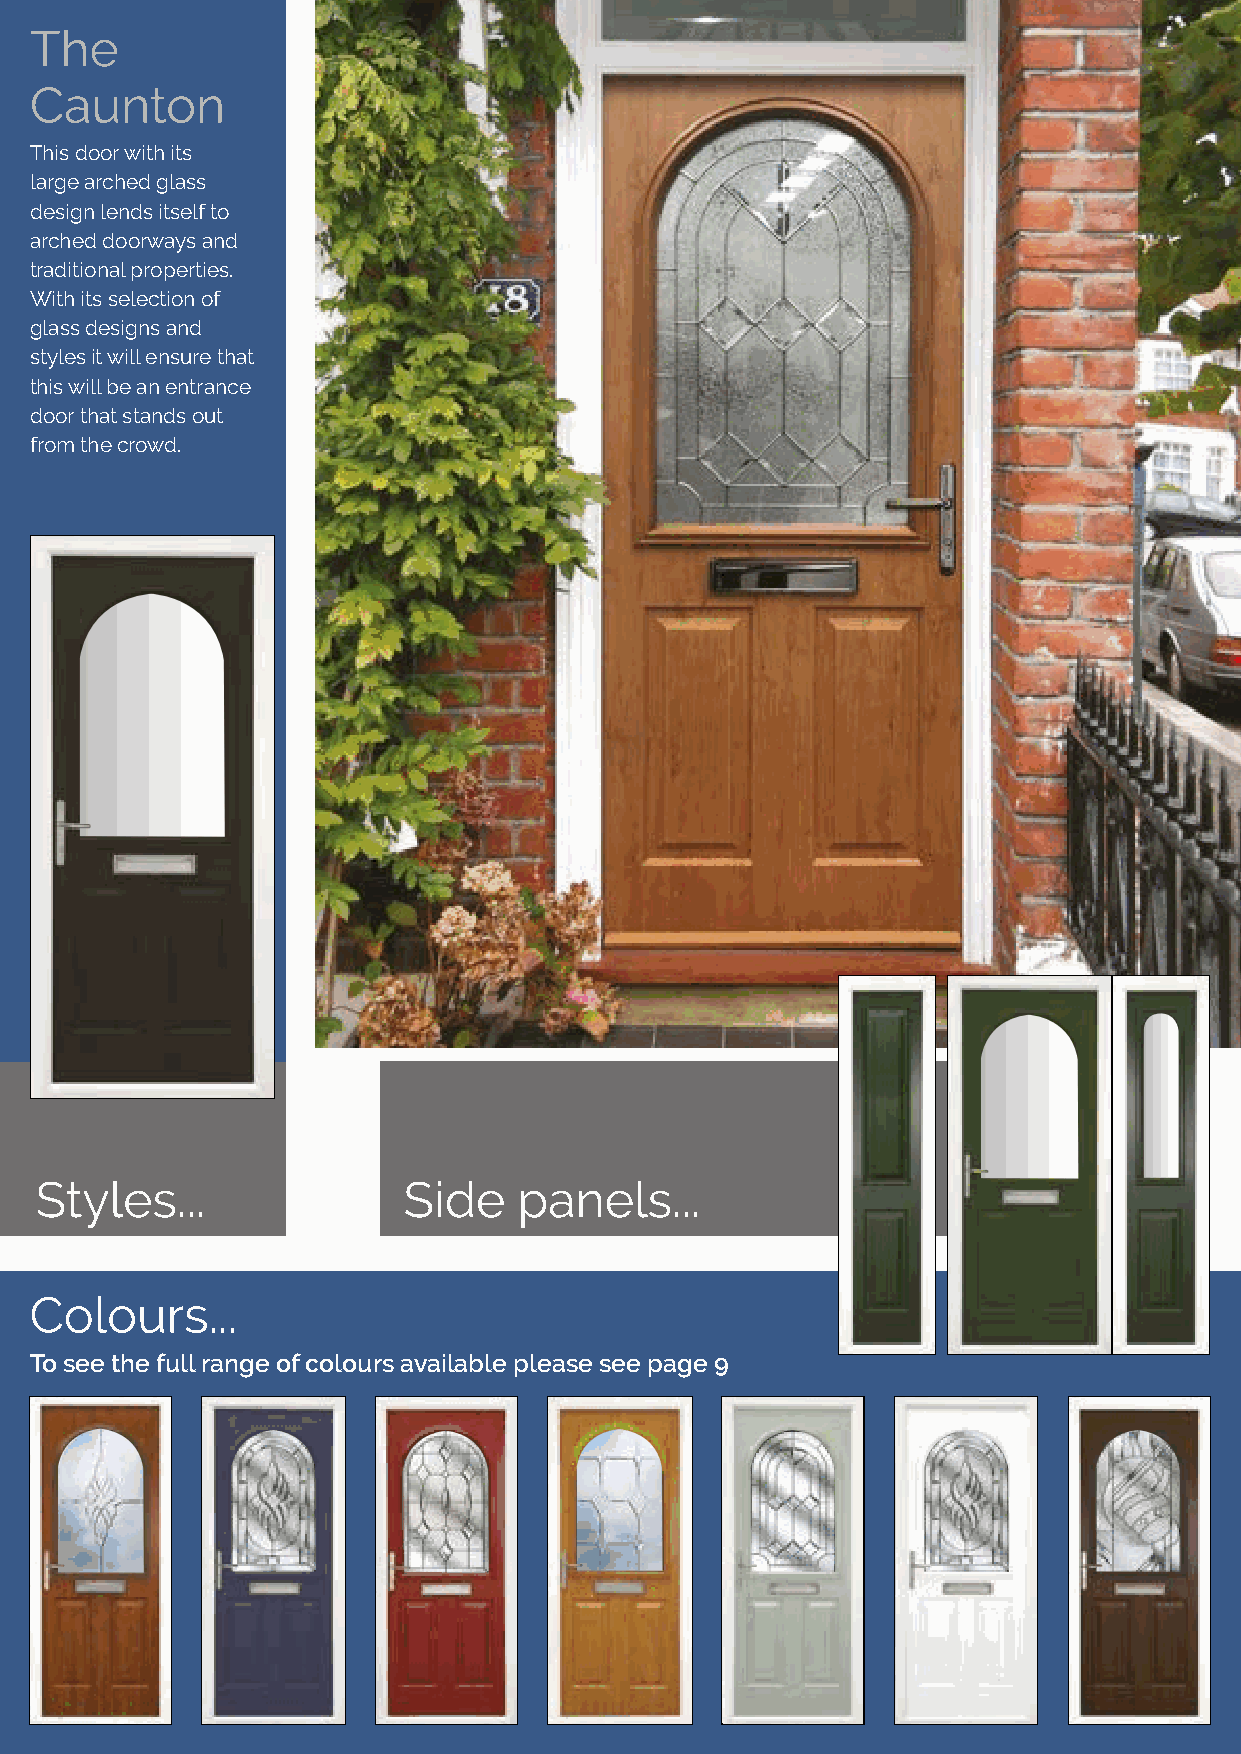
The
 Caunton
 This door with its
 large arched glass
 design lends itself to
 arched doorways and
 traditional properties.
 With its selection of
 glass designs and
 styles it will ensure that
 this will be an entrance
 door that stands out
 from the crowd.
 Styles...                Side   panels...
 Colours...
 To see the full range of colours available please see page 9